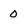
Character: 0